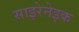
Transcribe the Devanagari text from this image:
साइरेनेइक